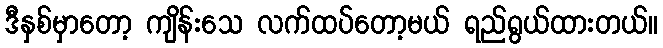
ဒီနှစ်မှာတော့ ကျိန်းသေ လက်ထပ်တော့မယ် ရည်ရွယ်ထားတယ်။